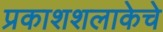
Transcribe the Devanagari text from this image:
प्रकाशशलाकेचे